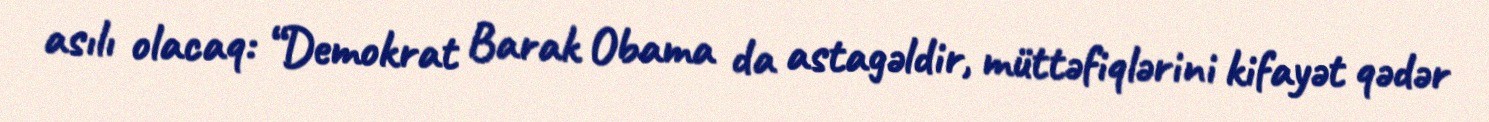
asılı olacaq: “Demokrat Barak Obama da astagəldir, müttəfiqlərini kifayət qədər